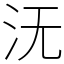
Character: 𣲘